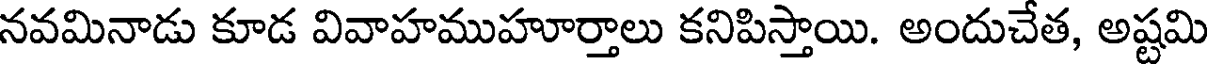
నవమినాడు కూడ వివాహముహూర్తాలు కనిపిస్తాయి. అందుచేత, అష్టమి